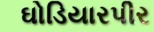
ઘોડિયારપીર